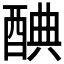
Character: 𨡏